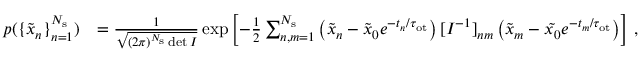
\begin{array} { r l } { p ( \{ \tilde { x } _ { n } \} _ { n = 1 } ^ { N _ { \mathrm { s } } } ) } & { = \frac { 1 } { \sqrt { ( 2 \pi ) ^ { N _ { \mathrm { s } } } \operatorname* { d e t } I } } \exp \left[ - \frac { 1 } { 2 } \sum _ { n , m = 1 } ^ { N _ { \mathrm { s } } } \left( \tilde { x } _ { n } - \tilde { x } _ { 0 } e ^ { - t _ { n } / \tau _ { \mathrm { o t } } } \right) [ I ^ { - 1 } ] _ { n m } \left( \tilde { x } _ { m } - \tilde { x _ { 0 } } e ^ { - t _ { m } / \tau _ { \mathrm { o t } } } \right) \right] \, , } \end{array}